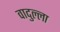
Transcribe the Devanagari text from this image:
वादुल्ला